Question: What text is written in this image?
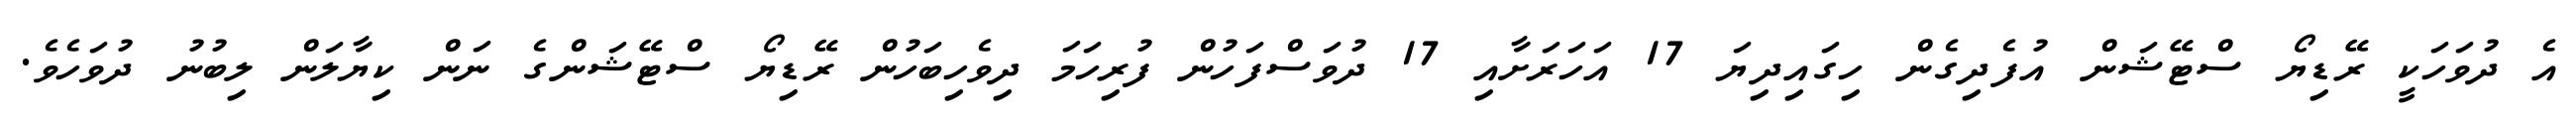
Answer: އެ ދުވަހަކީ ރޭޑިޔޯ ސްޓޭޝަން އުފެދިގެން ހިގައިދިޔަ 17 އަހަރަށާއި 17 ދުވަސްފަހުން ފުރިހަމަ ދިވެހިބަހުން ރޭޑިޔޯ ސްޓޭޝަންގެ ނަން ކިޔާލަން ލިބުނު ދުވަހެވެ.